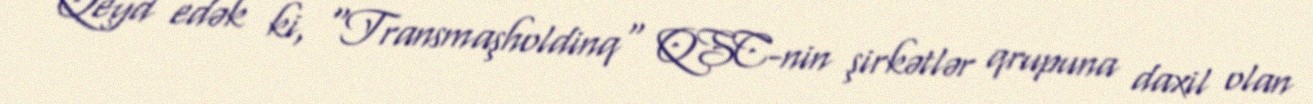
Qeyd edək ki, "Transmaşholdinq" QSC-nin şirkətlər qrupuna daxil olan